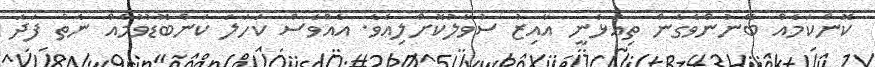
ކޮންކަމެއް ބޭނުންވެގެން ތިއުޅެނީ އާއިޒު ސުވާލުކޮށްލިއެވެ. އެއްވެސް ކަހަލަ ކަންބޮޑުވުމެއް ނެތް ފަދަ